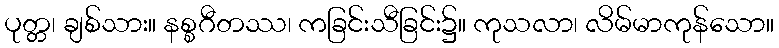
ပုတ္တ၊ ချစ်သား။ နစ္စဂီတဿ၊ ကခြင်းသီခြင်း၌။ ကုသလာ၊ လိမ်မာကုန်သော။